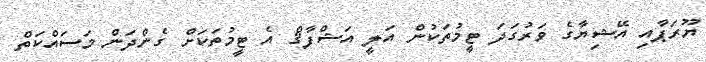
ޔޫރަޕާއި އޭޝިޔާގެ ވަރުގަދަ ޓީމުތަކުން އަލީ އަޝްފާޤް އެ ޓީމުތަކަށް ގެންދަން މަސައްކަތް